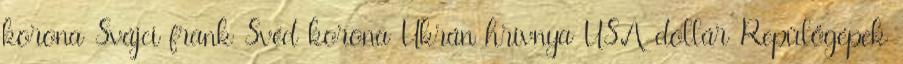
korona Svájci frank Svéd korona Ukrán hrivnya USA-dollár Repülőgépek